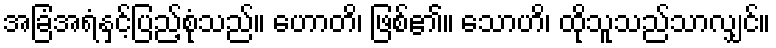
အခြံအရံနှင့်ပြည့်စုံသည်။ ဟောတိ၊ ဖြစ်၏။ သောဟိ၊ ထိုသူသည်သာလျှင်။